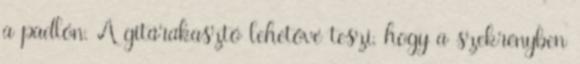
a padlón. A gitárakasztó lehetővé teszi, hogy a szekrényben